Vaccination in Bombay 1869-1873 - 1869-1873
Year: 1869
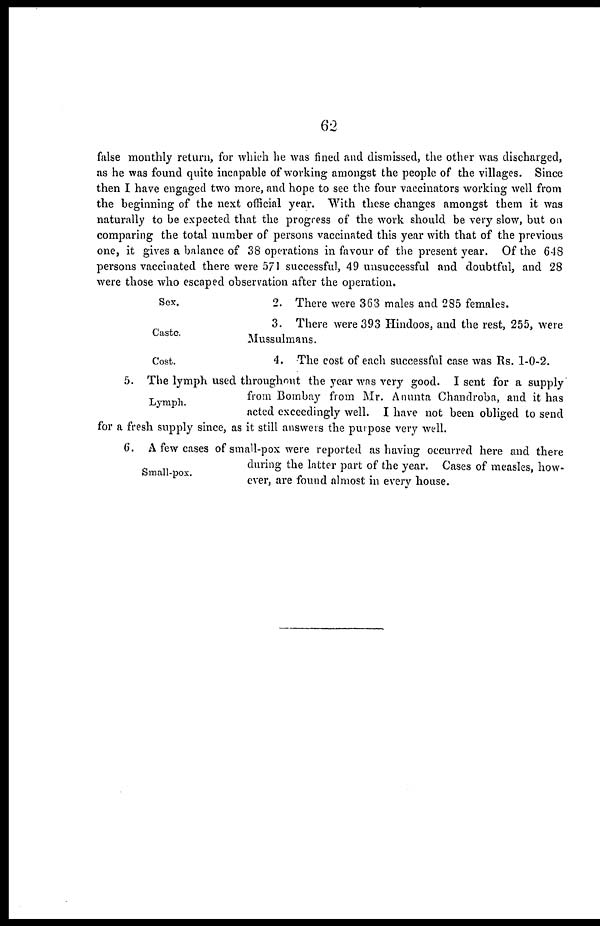
62
false monthly return, for which he was fined and dismissed, the other was discharged,
as he was found quite incapable of working amongst the people of the villages. Since
then I have engaged two more, and hope to see the four vaccinators working well from
the beginning of the next official year. With these changes amongst them it was
naturally to be expected that the progress of the work should be very slow, but on
comparing the total number of persons vaccinated this year with that of the previous
one, it gives a balance of 38 operations in favour of the present year. Of the 648
persons vaccinated there were 571 successful, 49 unsuccessful and doubtful, and 28
were those who escaped observation after the operation.
Sex.
2. There were 363 males and 285 females.
Caste.
3. There were 393 Hindoos, and the rest, 255, were
Mussulmans.
Cost.
4. The cost of each successful case was Rs. 1-0-2.
Lymph.
5. The lymph used throughout the year was very good. I sent for a supply
from Bombay from Mr. Anunta Chandroba, and it has
acted exceedingly well. I have not been obliged to send
for a fresh supply since, as it still answers the purpose very well.
Small-pox.
6. A few cases of small-pox were reported as having occurred here and there
during the latter part of the year. Cases of measles, how-
ever, are found almost in every house.